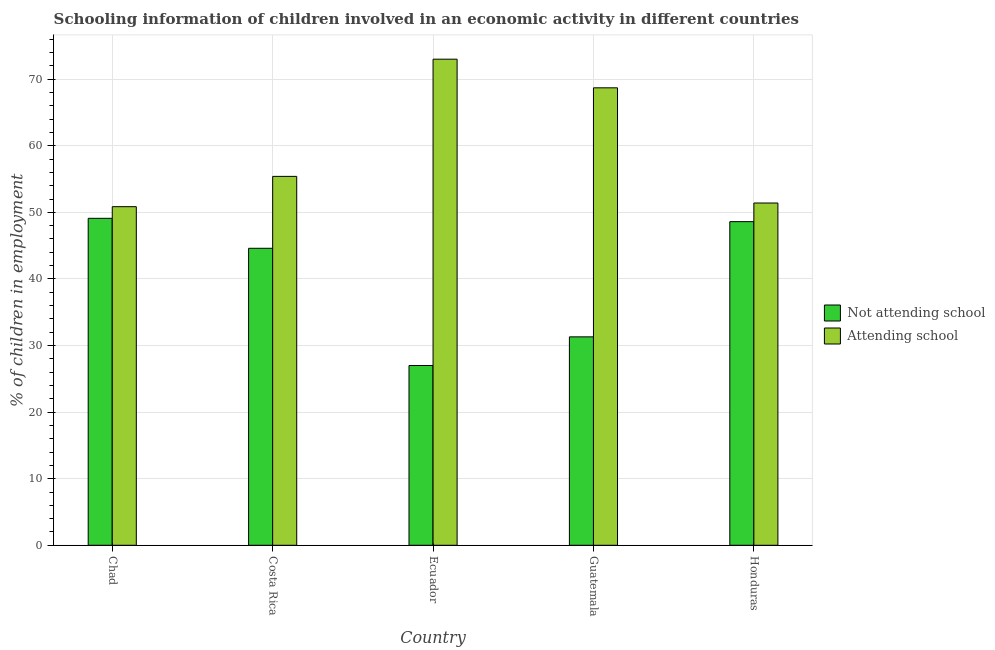
| Country | Not attending school | Attending school |
 | --- | --- | --- |
 | Chad | 49.1 | 50.9 |
 | Costa Rica | 44.6 | 55.4 |
 | Ecuador | 27 | 73 |
 | Guatemala | 31.3 | 68.7 |
 | Honduras | 48.6 | 51.4 |